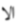
الا